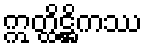
ဣတ္ထိဋ္ဌိကဿ